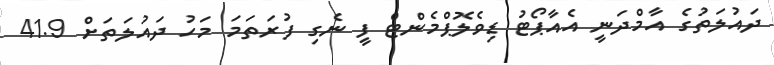
ދައުލަތުގެ އާމްދަނީ އެއާޕޯޓު ޑިވެލޮޕްމެންޓް ފީ ނެގި ފުރަތަމަ މަހު ދައުލަތަށް 41.9